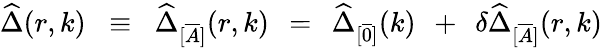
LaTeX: \widehat{\Delta}(r,k)\; \; \equiv\; \; \widehat{\Delta}_{[\overline{{{A}}}]}(r,k)\; \, =\; \, \widehat{\Delta}_{[\overline{{{0}}}]}(k)\; \, +\; \, \delta\widehat{\Delta}_{[\overline{{{A}}}]}(r,k)